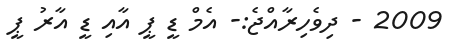
2009 - ދިވެހިރާއްޖެ:- އެމް ޑީ ޕީ އާއި ޑީ އާރު ޕީ